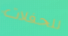
للحفلات